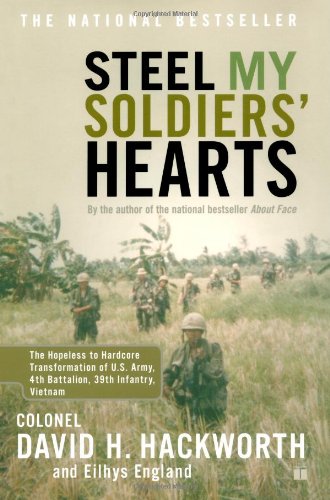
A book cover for Steel My Soldiers' Hearts: The Hopeless to Hardcore Transformation of U.S. Army, 4th Battalion, 39th Infantry, Vietnam; Col. David H. Hackworth; History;